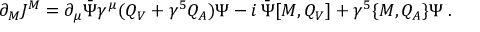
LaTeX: \partial _ { M } J ^ { M } = \partial _ { \mu } \bar { \Psi } \gamma ^ { \mu } ( Q _ { V } + \gamma ^ { 5 } Q _ { A } ) \Psi - i \, \bar { \Psi } [ { \cal M } , Q _ { V } ] + \gamma ^ { 5 } \{ { \cal M } , Q _ { A } \} \Psi \; .